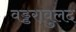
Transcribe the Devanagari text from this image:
वड्डरावुलद